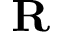
\mathbf { R }